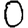
Digit: 0